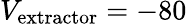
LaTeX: V_{\mathrm{extractor}}=-80